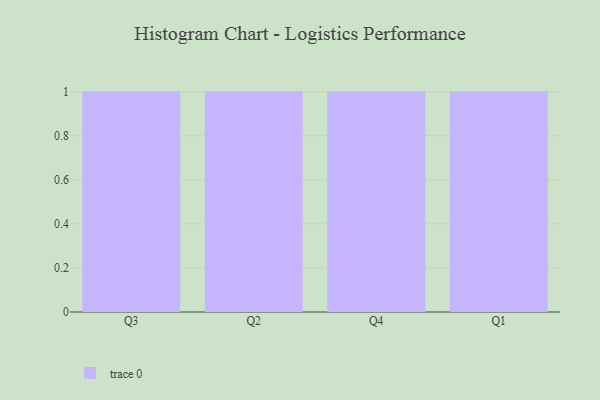
{"axis": {"x": "Quarter", "y": "Inventory Turnover"}, "legend": [""], "data": [{"x": "Q3", "y": 94, "type": ""}, {"x": "Q2", "y": 59, "type": ""}, {"x": "Q4", "y": 87, "type": ""}, {"x": "Q1", "y": 35, "type": ""}]}